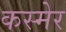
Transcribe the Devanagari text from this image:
कस्मेर